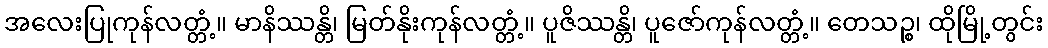
အလေးပြုကုန်လတ္တံ့။ မာနိဿန္တိ၊ မြတ်နိုးကုန်လတ္တံ့။ ပူဇိဿန္တိ၊ ပူဇော်ကုန်လတ္တံ့။ တေသဉ္စ၊ ထိုမြို့တွင်း